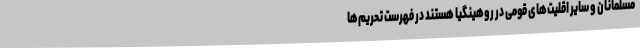
مسلمانان و سایر اقلیت‌های قومی در روهینگیا هستند در فهرست تحریم‌ها